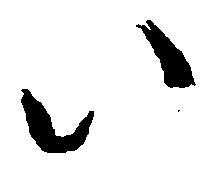
い